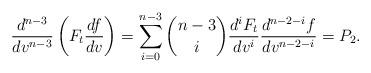
\begin{align*} \frac{d^{n-3}}{dv^{n-3}}\left(F_t\frac{df}{dv}\right)=\sum_{i=0}^{n-3}\binom{n-3}{i}\frac{d^iF_t}{dv^i}\frac{d^{n-2-i}f}{dv^{n-2-i}}=P_2.\end{align*}